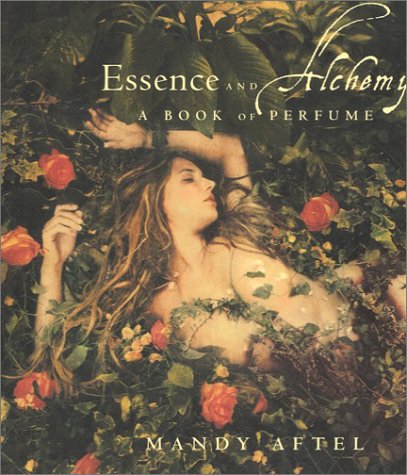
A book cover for Essence and Alchemy: A Book of Perfume; Mandy Aftel; Health, Fitness & Dieting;